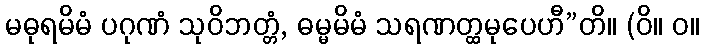
မဓုရမိမံ ပဂုဏံ သုဝိဘတ္တံ, ဓမ္မမိမံ သရဏတ္ထမုပေဟီ”တိ။ (ဝိ။ ဝ။